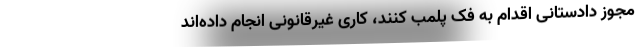
مجوز دادستانی اقدام به فک پلمب کنند، کاری غیرقانونی انجام داده‌اند